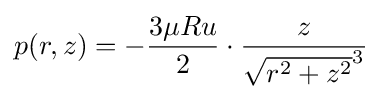
p(r,z)=-{\frac {3\mu Ru}{2}}\cdot {\frac {z}{{\sqrt {r^{2}+z^{2}}}^{3}}}